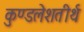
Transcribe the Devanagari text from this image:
कुण्डलेशतीर्थ